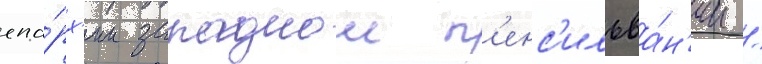
епа́рх'ии западнои п'енс'ильва́н'ии /